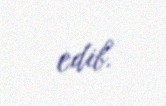
edib.